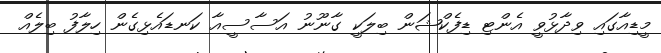
މީޑިއާގައި ވިދާޅުވީ އެންޓި ޑިފެކްޝަން ބިލަކީ ގާނޫނު އަސާސީއާ ކަނޑައެޅިގެން ހިލާފު ބިލެއް